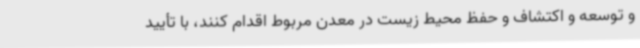
و توسعه و اکتشاف و حفظ محیط زیست در معدن مربوط اقدام کنند، با تأیید